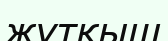
жұтқыш